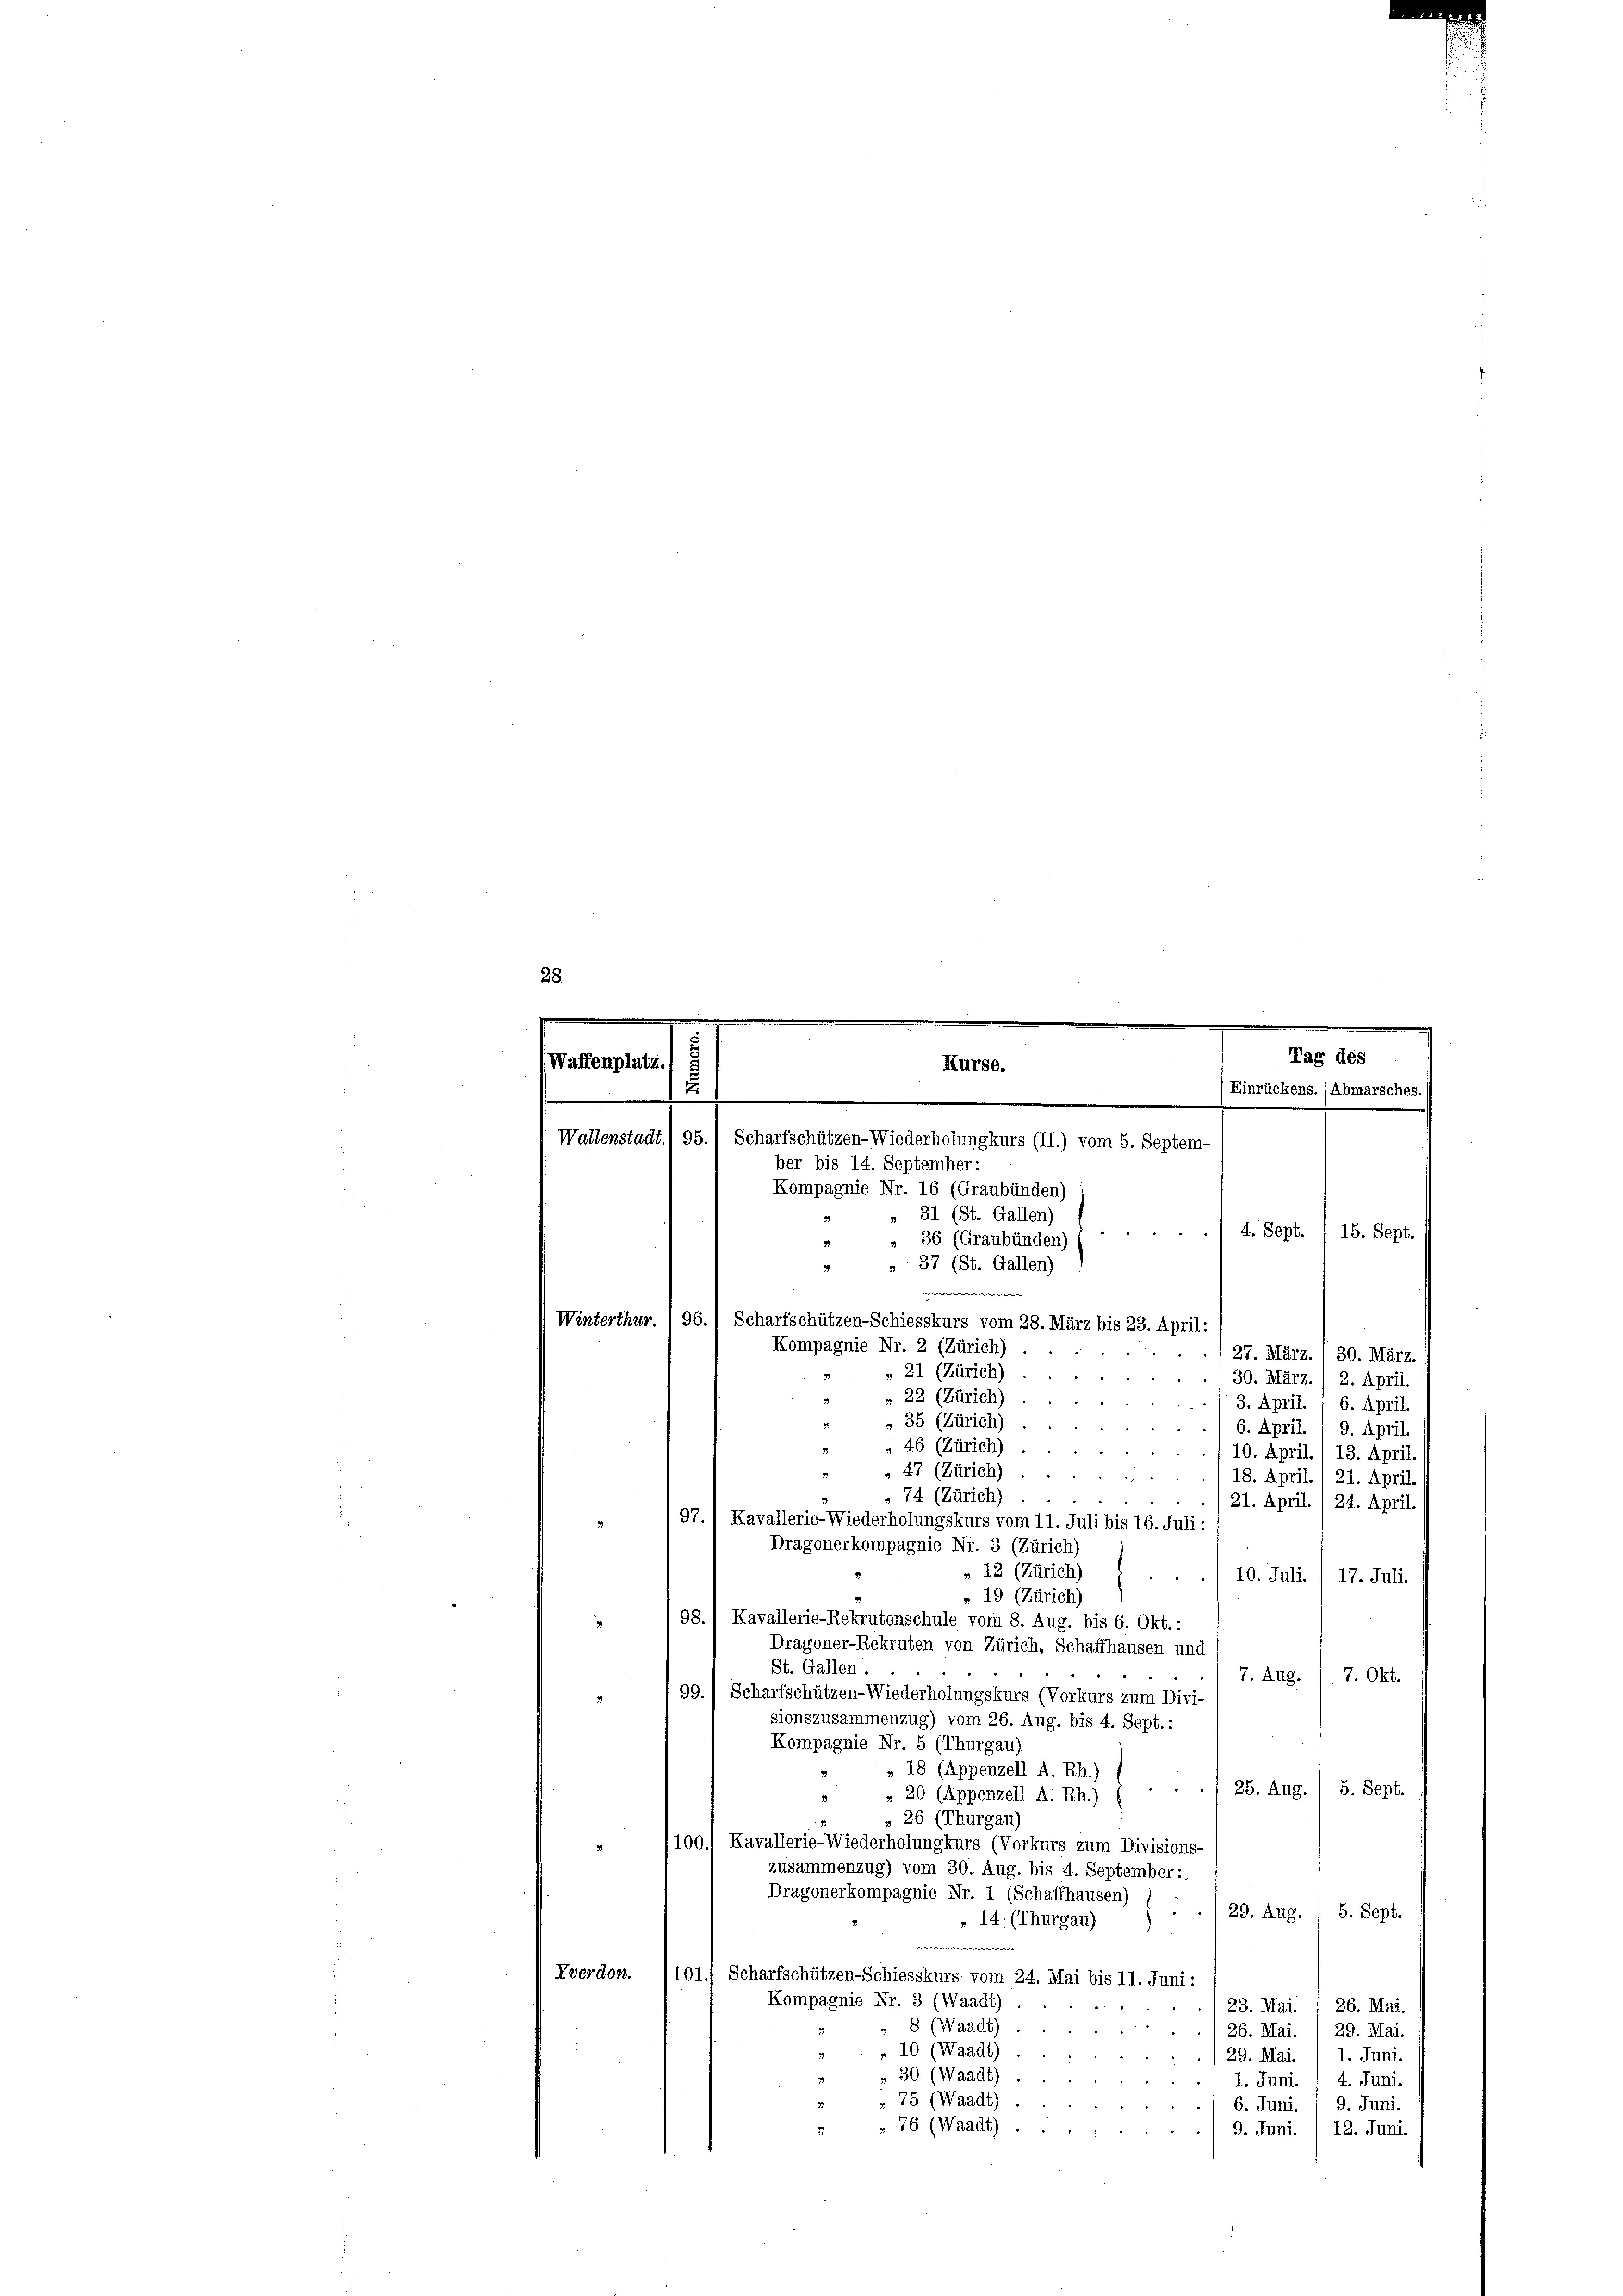
Kompagnie Nr. 16 (Graubünden)
31 (St. Gallen)
36 (Graubünden)
27. März. / 30. März.
30. März. (2. April.
» 22 (Zürich)
3. April. 1 6. April.
„ 35 (Zürich)
6. April. 1 9. April.
 46 (Zürich)
10. April. / 13. April.
47 (Zürich)
18. April., 21. April.
74 (Zürich).
21. April. 1 24. April.
97.1 Kavallerie-Wiederholungskurs vom 11. Juli bis 16. Juli:
3
Dragonerkompagnie Nr. 3 (Zürich)
» 12 (Zürich)
10. Juli. I 17. Juli
» 19 (Zürich)
98.) Kavallerie-Rekrutenschule vom 8. Aug. bis 6. Okt.:
3
Dragoner-Rekruten von Zürich, Schaffhausen und
St. Gallen.
7. Aug. 17. Okt.
99. Scharfschützen-Wiederholungskurs (Vorkurs zum Divi-
sionszusammenzug) vom 26. Aug. bis 4. Sept.:
Kompagnie Nr. 5 (Thurgau)
» 18 (Appenzell A. Rh.)
.. 25. Aug. / 5. Sept.
» 20 (Appenzell A. Rh.)
» 26 (Thurgau)
100.) Kavallerie-Wiederholungkurs (Vorkurs zum Divisions-
3
zusammenzug) vom 30. Aug. bis 4. September:
Dragonerkompagnie Nr. 1 (Schaffhausen)
e
29. Aug. / 5. Sept.
» 14: (Thurgau)
e
Yverdon. (101
Scharfschützen-Schiesskurs vom 24. Mai bis 11. Juni:
Kompagnie Nr. 3 (Waadt)
23. Mai. 1 26. Mai.
8 (Waadt).
26. Mai. /29. Mai.
" 10 (Waadt).
29. Mai. 1 1. Juni.
30 (Waadt)
1. Juni. 1 4. Juni.
75 (Waadt).
9. Juni.
6. Juni.
„ 76 (Waadt) .
9. Juni.  12. Juni.

Waffenplatz.

.

Wallenstadt. 95.) Scharfschützen-Wiederholungkurs (II.) vom 5. Septem-
ber bis 14. September:
3
Winterthur. ) 96.1 Scharfschützen-Schiesskurs vom 28. März bis 23. April:
Kompagnie Nr. 2 (Zürich)

Kurse.

» 37 (St. Gallen)
e
» 21 (Zürich)

Tag des
(Einrückens. (Abmarsches.

4. Sept. 15. Sept.